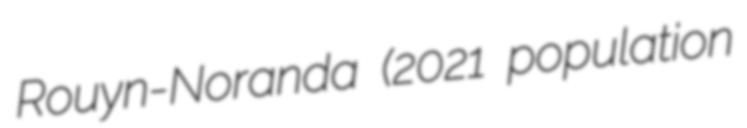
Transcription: Rouyn-Noranda (2021 population